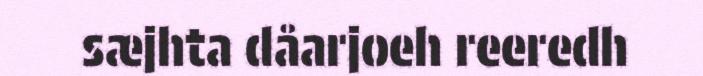
sæjhta dåarjoeh reeredh